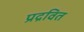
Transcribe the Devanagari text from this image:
प्रद्रवित